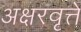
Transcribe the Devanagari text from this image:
अक्षरवृत्ते